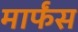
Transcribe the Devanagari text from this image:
मार्फंस